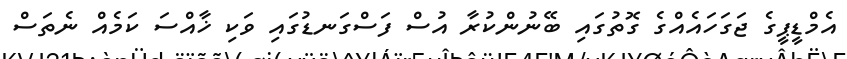
އެމްޑީޕީގެ ޖަގަހައެއްގެ ގޮތުގައި ބޭނުންކުރާ އުސް ފަސްގަނޑުގައި ވަކި ޚާއްސަ ކަމެއް ނެތަސް